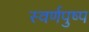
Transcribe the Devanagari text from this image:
स्वर्णपुष्प